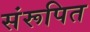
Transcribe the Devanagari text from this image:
संरूपित